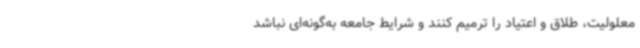
معلولیت، طلاق و اعتیاد را ترمیم کنند و شرایط جامعه به‌گونه‌ای نباشد